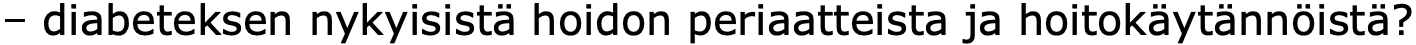
– diabeteksen nykyisistä hoidon periaatteista ja hoitokäytännöistä?